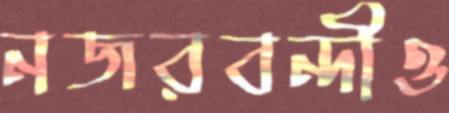
নজরবন্দীও